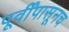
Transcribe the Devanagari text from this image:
पूर्वींपासूनच